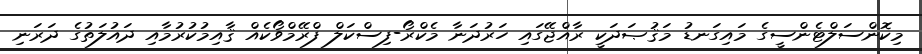
މިކޮންސަލްޓެންސީގެ މައިގަނޑު މަޤުޞަދަކީ ރާއްޖޭގައި ހަރުދަނާ މެކްރޯ-ފިސްކަލް ފްރޭމްވޯކެއް ޤާއިމުކުރުމާއި ދައުލަތުގެ ދަރަނި